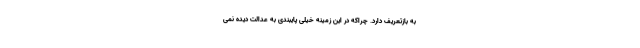
به بازتعریف دارد. چراکه در این زمینه خیلی پایبندی به عدالت دیده نمی